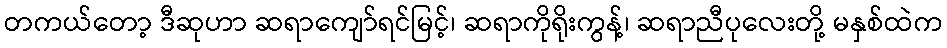
တကယ်တော့ ဒီဆုဟာ ဆရာကျော်ရင်မြင့်၊ ဆရာကိုရိုးကွန့်၊ ဆရာညီပုလေးတို့ မနှစ်ထဲက